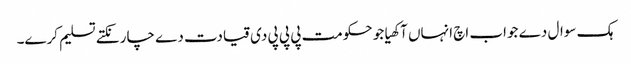
ہک سوال دے جواب اچ انہاں آکھیا جو حکومت پی پی پی دی قیادت دے چار نکتے تسلیم کرے۔